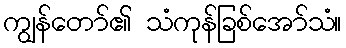
ကျွန်တော်၏ သံကုန်ခြစ်အော်သံ။